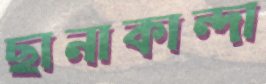
ছানাকান্দা